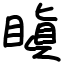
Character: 瞋